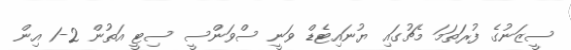
ސީޒަނުގެ ފުރަތަމަ މެޗުގައި ޔުނައިޓެޑް ވަނީ ސްވަންސީ ސިޓީ އަތުން 2-1 އިން